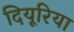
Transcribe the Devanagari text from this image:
दियूरिया